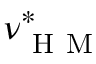
\nu _ { \mathrm { ~ H ~ M ~ } } ^ { * }